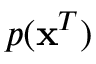
p ( \mathbf { x } ^ { T } )